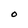
Character: O